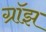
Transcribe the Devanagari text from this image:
ग्रॉझ